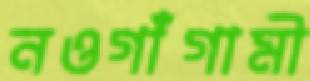
নওগাঁগামী